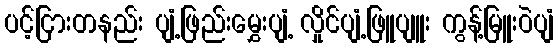
ပင့်ငြားတနည်း ပျံ့ဖြည်းမွှေးပျံ့ လှိုင်ပျံ့ဖြူပျူး ကွန့်မြူးဝဲပျံ